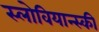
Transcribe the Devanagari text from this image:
स्लोवियान्स्की